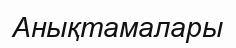
Анықтамалары